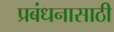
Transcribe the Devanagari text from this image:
प्रबंधनासाठी